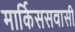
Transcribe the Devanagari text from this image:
मार्किससवासी